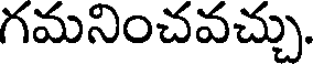
గమనించవచ్చు.